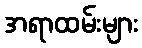
အရာထမ်းများ